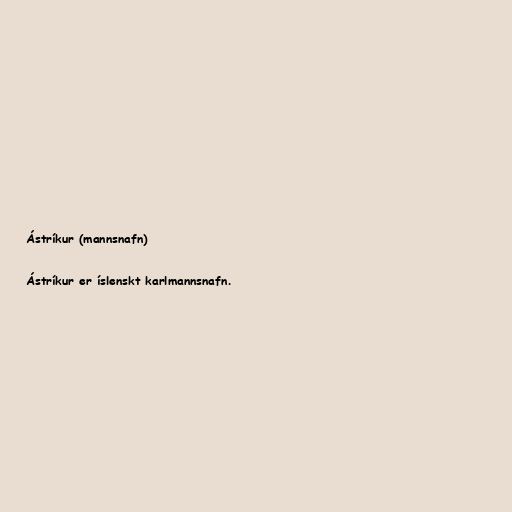
Ástríkur (mannsnafn)

Ástríkur er íslenskt karlmannsnafn.